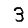
Digit: 3